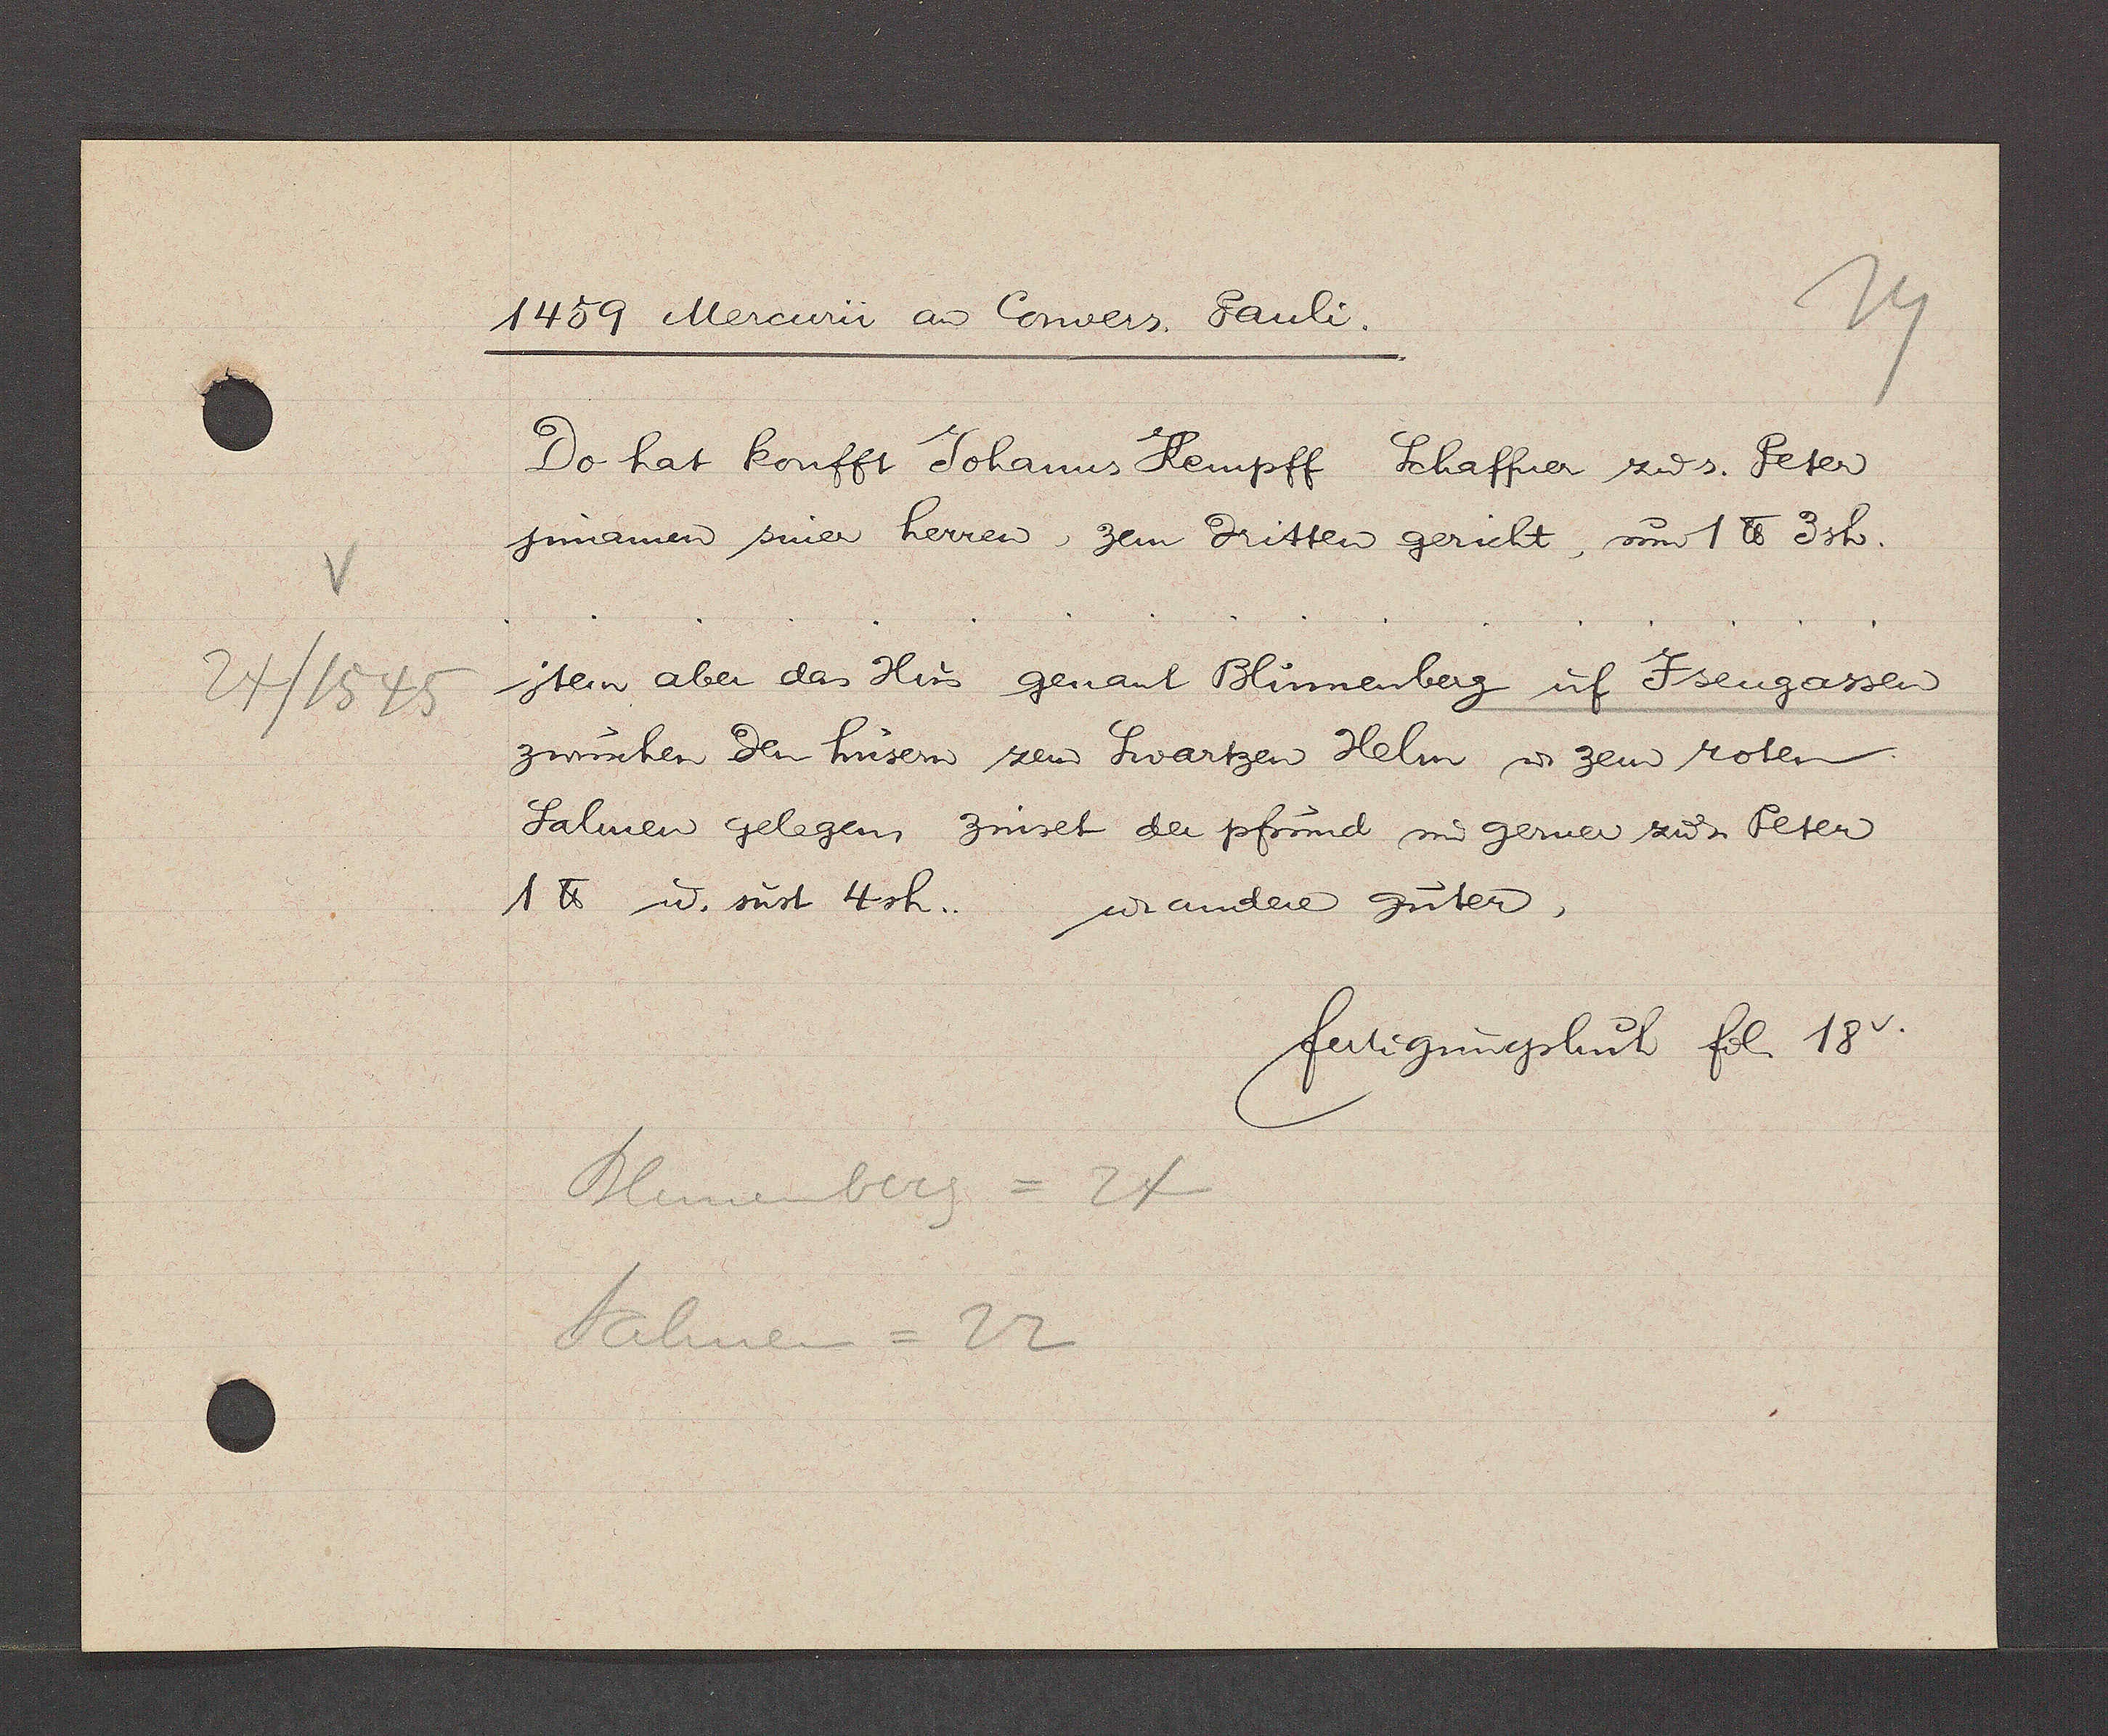
Transcript:
24/1545

1459 Mercuri aȵ Convers. Pauli.
Do hat koufft Johanus Kempff Schaffer zư s. Peter
jnnamen siner herren, zem dritten gericht, um 1 ℔ 3 sh.
jtem aber das Hus genant Blumenberg uf Jsengassen
zwuschen den hüsern zem Swartzen Helm ư zem roten
Salmen gelegen zinset der pfrund und gerner zư s. Peter
1 ℔ ư. sust 4 sh. ư. andere Guter.
fertigungsbuch fol. 18v.
Blumenberg = 24
Salmen = 22